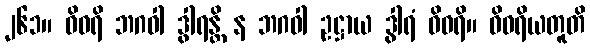
၂၆၁။ ဝိဝရိ ဘဂဝါ ဒွါရန္တိ န ဘဂဝါ ဥဋ္ဌာယ ဒွါရံ ဝိဝရိ။ ဝိဝရိယတူတိ